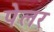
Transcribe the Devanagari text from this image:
पेलर